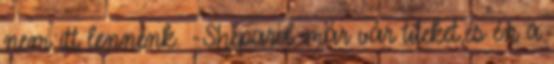
nem itt lennénk. -Shepard már vár titeket,és én a